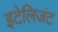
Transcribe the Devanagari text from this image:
इटेलिजंट